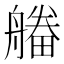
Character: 𤳔